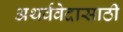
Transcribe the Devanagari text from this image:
अथर्ववेदासाठी